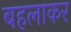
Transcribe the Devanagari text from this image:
बहलाकर